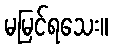
မမြင်ရသေး။